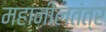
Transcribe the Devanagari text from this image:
महानीलतंत्र